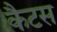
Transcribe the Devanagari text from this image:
कैटस